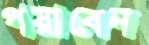
পয়াবেন